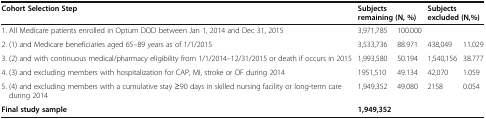
<table><thead><tr><td><b>Cohort Selection Step</b></td><td colspan="2"><b>Subjects remaining (N, %)</b></td><td colspan="2"><b>Subjects excluded (N,%)</b></td></tr></thead><tbody><tr><td>1. All Medicare patients enrolled in Optum DOD between Jan 1, 2014 and Dec 31, 2015</td><td>3,971,785</td><td>100.000</td><td></td><td></td></tr><tr><td>2. (1) and Medicare beneficiaries aged 65–89 years as of 1/1/2015</td><td>3,533,736</td><td>88.971</td><td>438,049</td><td>11.029</td></tr><tr><td>3. (2) and with continuous medical/pharmacy eligibility from 1/1/2014–12/31/2015 or death if occurs in 2015</td><td>1,993,580</td><td>50.194</td><td>1,540,156</td><td>38.777</td></tr><tr><td>4. (3) and excluding members with hospitalization for CAP, MI, stroke or OF during 2014</td><td>1951,510</td><td>49.134</td><td>42,070</td><td>1.059</td></tr><tr><td>5. (4) and excluding members with a cumulative stay ≥90 days in skilled nursing facility or long-term care during 2014</td><td>1,949,352</td><td>49.080</td><td>2158</td><td>0.054</td></tr><tr><td><b>Final study sample</b></td><td><b>1,949,352</b></td><td></td><td></td><td></td></tr></tbody></table>